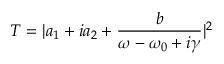
T = | a _ { 1 } + i a _ { 2 } + \frac { b } { \omega - \omega _ { 0 } + i \gamma } | ^ { 2 }